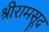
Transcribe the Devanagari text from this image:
श्रीरामसूद